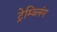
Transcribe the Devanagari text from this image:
ट्रेम्ब्लिंग